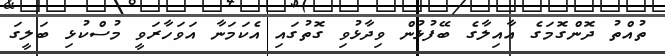
ތުއްތު ދޮންގޮމަގެ އާއިލާގެ ބޭފުޅުން ވިދާޅުވި ގޮތުގައި އެކަމަނާ އަވަހާރަވީ މުސްކުޅި ބަލީގަ